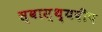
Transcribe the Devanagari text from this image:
स्वास्थ्यदीप